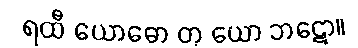
ရထီ ယောဓော တု ယော ဘဋော။